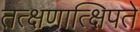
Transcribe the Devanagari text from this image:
तत्क्षणात्क्षिपते